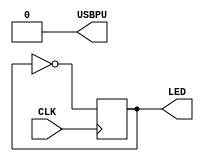
// look in pins.pcf for all the pin names on the TinyFPGA BX board
module top (
    input CLK,    // 16MHz clock
    output LED,   // User/boot LED next to power LED
    output USBPU  // USB pull-up resistor
);
    // drive USB pull-up resistor to '0' to disable USB
    assign USBPU = 0;

    reg toggle;
    always @(posedge CLK) begin
        // toggles at half the CLK frequency, tinyfpga is 16MHz clock so maybe it's 8Mhz half the CLK frequency
        toggle <= ~toggle;
    end
    assign LED = toggle;
endmodule